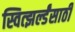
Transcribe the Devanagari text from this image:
स्वित्झर्ल्डंसाठी